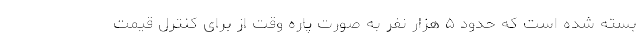
بسته شده است که حدود ۵ هزار نفر به صورت پاره وقت از برای کنترل قیمت